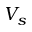
V _ { s }